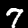
Label: 7